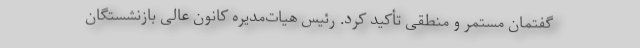
گفتمان مستمر و منطقی تأکید کرد. رئیس هیات‌مدیره کانون عالی بازنشستگان